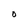
Character: O